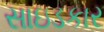
સાઇડકાર